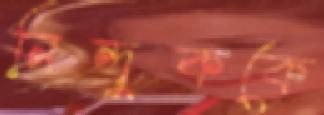
নিন্দুককে